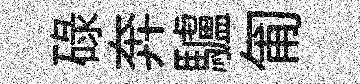
碌奔驢匍